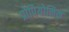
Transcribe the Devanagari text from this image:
प्रोपियोनिक